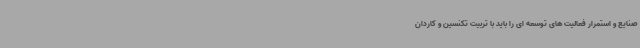
صنایع و استمرار فعالیت های توسعه ای را باید با تربیت تکنسین و کاردان